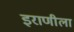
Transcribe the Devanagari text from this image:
इराणीला